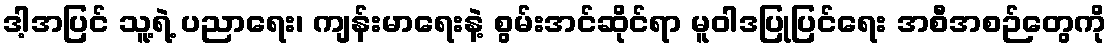
ဒါ့အပြင် သူ့ရဲ့ ပညာရေး၊ ကျန်းမာရေးနဲ့ စွမ်းအင်ဆိုင်ရာ မူဝါဒပြုပြင်ရေး အစီအစဉ်တွေကို